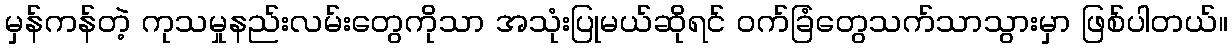
မှန်ကန်တဲ့ ကုသမှုနည်းလမ်းတွေကိုသာ အသုံးပြုမယ်ဆိုရင် ဝက်ခြံတွေသက်သာသွားမှာ ဖြစ်ပါတယ်။